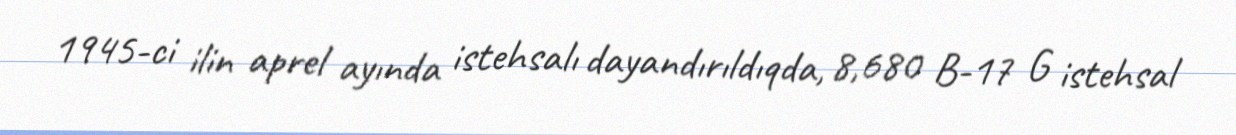
1945-ci ilin aprel ayında istehsalı dayandırıldıqda, 8,680 B-17 G istehsal